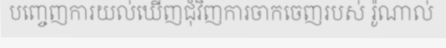
បញ្ចេញការយល់ឃើញជុំវិញការចាកចេញរបស់ រ៉ូណាល់